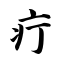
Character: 疔